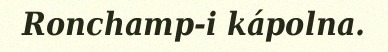
Ronchamp-i kápolna.